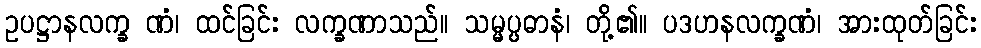
ဥပဋ္ဌာနလက္ခ ဏံ၊ ထင်ခြင်း လက္ခဏာသည်။ သမ္မပ္ပဓာနံ၊ တို့၏။ ပဒဟနလက္ခဏံ၊ အားထုတ်ခြင်း